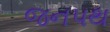
જનપથ